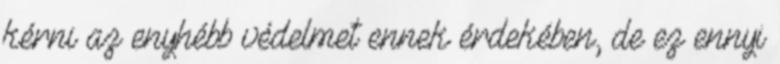
kérni az enyhébb védelmet ennek érdekében, de ez ennyi